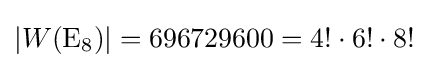
|W(\mathrm {E} _{8})|=696729600=4!\cdot 6!\cdot 8!